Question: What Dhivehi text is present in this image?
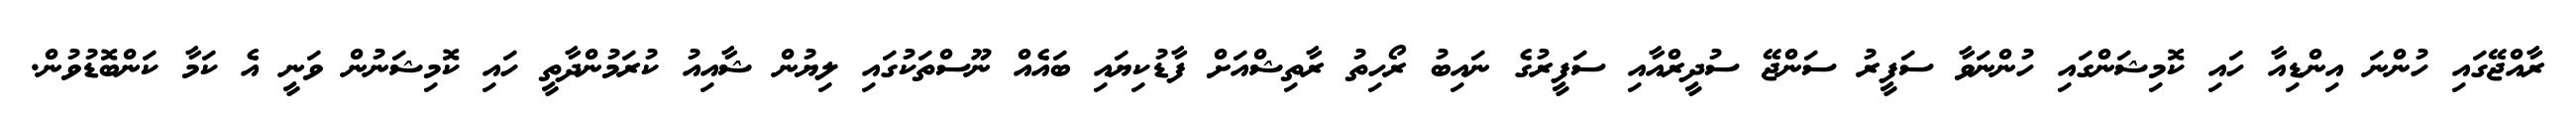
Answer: ރާއްޖޭގައި ހުންނަ އިންޑިއާ ހައި ކޮމިޝަންގައި ހުންނަވާ ސަފީރު ސަންޖޭ ސުދީރްއާއި ސަފީރުގެ ނައިބު ރޯހިތު ރާތިޝްއަށް ފާޑުކިޔައި ބައެއް ނޫސްތަކުގައި ލިޔުން ޝާއިއު ކުރަމުންދާތީ ހައި ކޮމިޝަނުން ވަނީ އެ ކަމާ ކަންބޮޑުވުން.